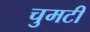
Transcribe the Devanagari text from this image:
चुमटी